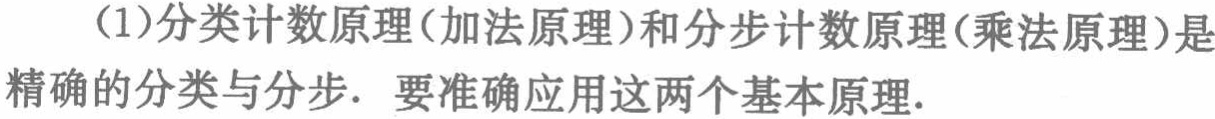
（1）分类计数原理(加法原理)和分步计数原理(乘法原理)是精确的分类与分步. 要准确应用这两个基本原理.